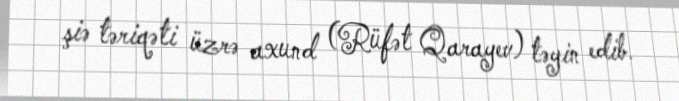
şiə təriqəti üzrə axund (Rüfət Qarayev) təyin edib.